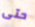
حتى